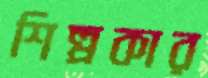
শিল্পকার